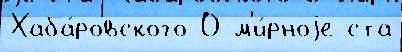
Хаба́ровского О м'и́рноjе ста